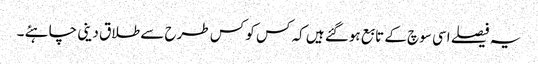
یہ فیصلے اسی سوچ کے تابع ہوگئے ہیں کہ کس کو کس طرح سے طلاق دینی چاہئے ۔